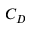
C _ { D }